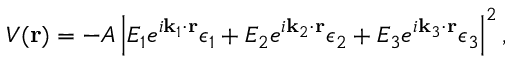
V ( \mathbf { r } ) = - A \left| E _ { 1 } e ^ { i \mathbf { k } _ { 1 } \mathbf { \cdot r } } \boldsymbol { \epsilon } _ { 1 } + E _ { 2 } e ^ { i \mathbf { k } _ { 2 } \mathbf { \cdot r } } \boldsymbol { \epsilon } _ { 2 } + E _ { 3 } e ^ { i \mathbf { k } _ { 3 } \mathbf { \cdot r } } \boldsymbol { \epsilon } _ { 3 } \right| ^ { 2 } ,